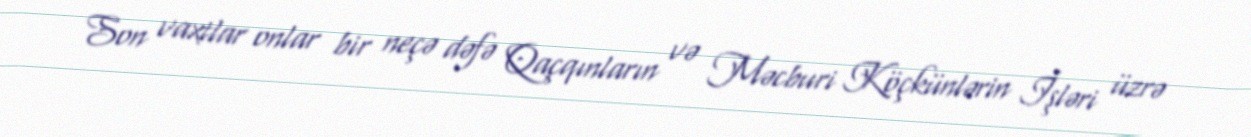
Son vaxtlar onlar bir neçə dəfə Qaçqınların və Məcburi Köçkünlərin İşləri üzrə